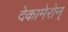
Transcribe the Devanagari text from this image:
देकामेरोन्